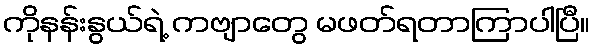
ကိုနန်းနွယ်ရဲ့ ကဗျာတွေ မဖတ်ရတာကြာပါပြီ။